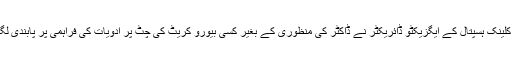
پولی کلینک ہسپتال کے ایگزیکٹو ڈائریکٹر نے ڈاکٹر کی منظوری کے بغیر کسی بیورو کریٹ کی چٹ پر ادویات کی فراہمی پر پابندی لگا دی۔